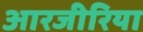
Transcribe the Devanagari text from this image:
आरजीरिया